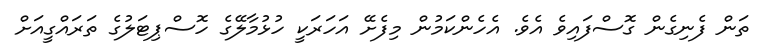
ތަން ފެނިގެން ގޮސްފައިވެ އެވެ. އެހެންކަމުން މިފެށޭ އަހަރަކީ ހުޅުމާލޭގެ ހޮސްޕިޓަލުގެ ތަރައްގީއަށް